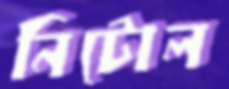
নিটোল